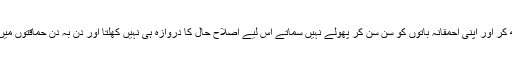
وہ اپنے آپ کو دیکھ دیکھ کر اور اپنی احمقانہ باتوں کو سن سن کر پھولے نہیں سماتے اس لیے اصلاح حال کا دروازہ ہی نہیں کھلتا اور دن بہ دن حماقتوں میں اضافہ ہوتا چلا جاتا ہے۔